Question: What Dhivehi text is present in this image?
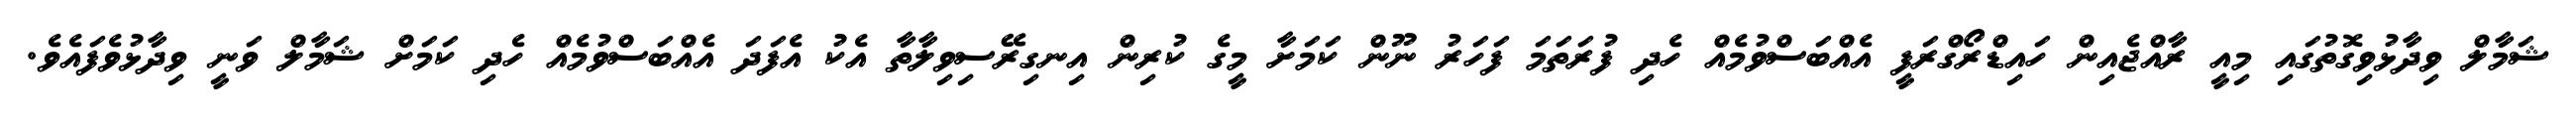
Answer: ޝަމާލް ވިދާޅުވިގޮތުގައި މިއީ ރާއްޖެއިން ހައިޑްރޯގްރަފީ އެއްބަސްވުމެއް ހެދި ފުރަތަމަ ފަހަރު ނޫން ކަމަށާ މީގެ ކުރިން އިނގިރޭސިވިލާތާ އެކު އެފަދަ އެއްބަސްވުމެއް ހެދި ކަމަށް ޝަމާލް ވަނީ ވިދާޅުވެފައެވެ.